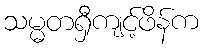
သမ္မတရှီကျင့်ဖိန်က